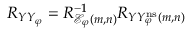
\begin{array} { r } { R _ { Y Y _ { \varphi } } = R _ { { \mathcal E } _ { \varphi } ( m , n ) } ^ { - 1 } R _ { Y Y _ { \varphi } ^ { \mathrm { n s } } ( m , n ) } } \end{array}